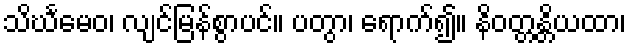
သိင်္ဃမေဝ၊ လျင်မြန်စွာပင်။ ပတွာ၊ ရောက်၍။ နိဝတ္တန္တိယထာ၊